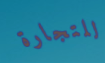
للتجارة